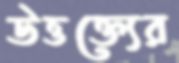
উত্তক্ত্যের